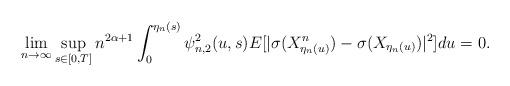
LaTeX: \begin{align*} \lim_{n\rightarrow \infty} \sup_{s\in [0,T]}n^{2\alpha+1} \int_0^{\eta_n(s)} \psi_{n,2}^2(u,s) E[ | \sigma(X^n_{\eta_n(u)}) - \sigma(X_{\eta_n(u)})|^2] du =0. \end{align*}